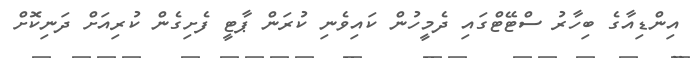
އިންޑިއާގެ ބިހާރު ސްޓޭޓްގައި ދެމީހުން ކައިވެނި ކުރަން ޕާޓީ ފެށިގެން ކުރިއަށް ދަނިކޮށް